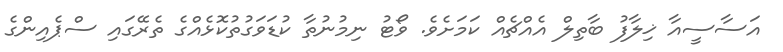
އަސާސީއާ ޚިލާފު ބާތިލް އެއްޗެއް ކަމަށެވެ. ވޯޓު ނިމުނުތާ ކުޑަވަގުތުކޮޅެއްގެ ތެރޭގައި ސްޕެއިންގެ